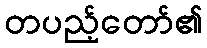
တပည့်တော်၏